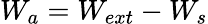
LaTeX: W_{a}=W_{ext}-W_{s}